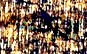
الزملاء